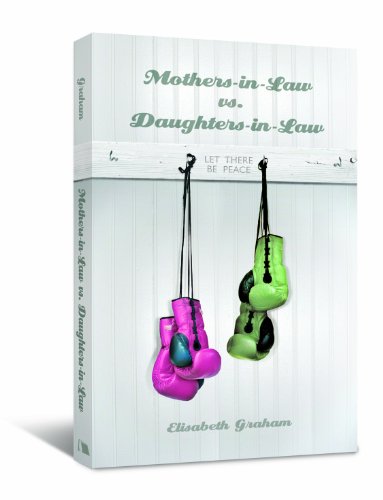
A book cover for Mothers-in-Law vs. Daughters-in-Law: Let There Be Peace; Elisabeth Graham; Self-Help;